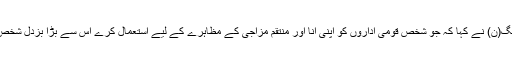
رہنما مسلم لیگ(ن) نے کہا کہ جو شخص قومی اداروں کو اپنی انا اور منتقم مزاجی کے مظاہرے کے لیے استعمال کرے اس سے بڑا بزدل شخص کوئی نہیں۔